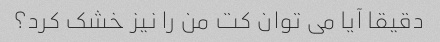
دقیقا آیا می توان کت من را نیز خشک کرد؟